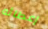
إعطائه